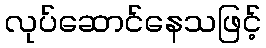
လုပ်ဆောင်နေသဖြင့်